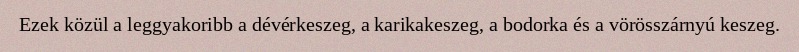
Ezek közül a leggyakoribb a dévérkeszeg, a karikakeszeg, a bodorka és a vörösszárnyú keszeg.